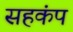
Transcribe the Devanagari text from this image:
सहकंप